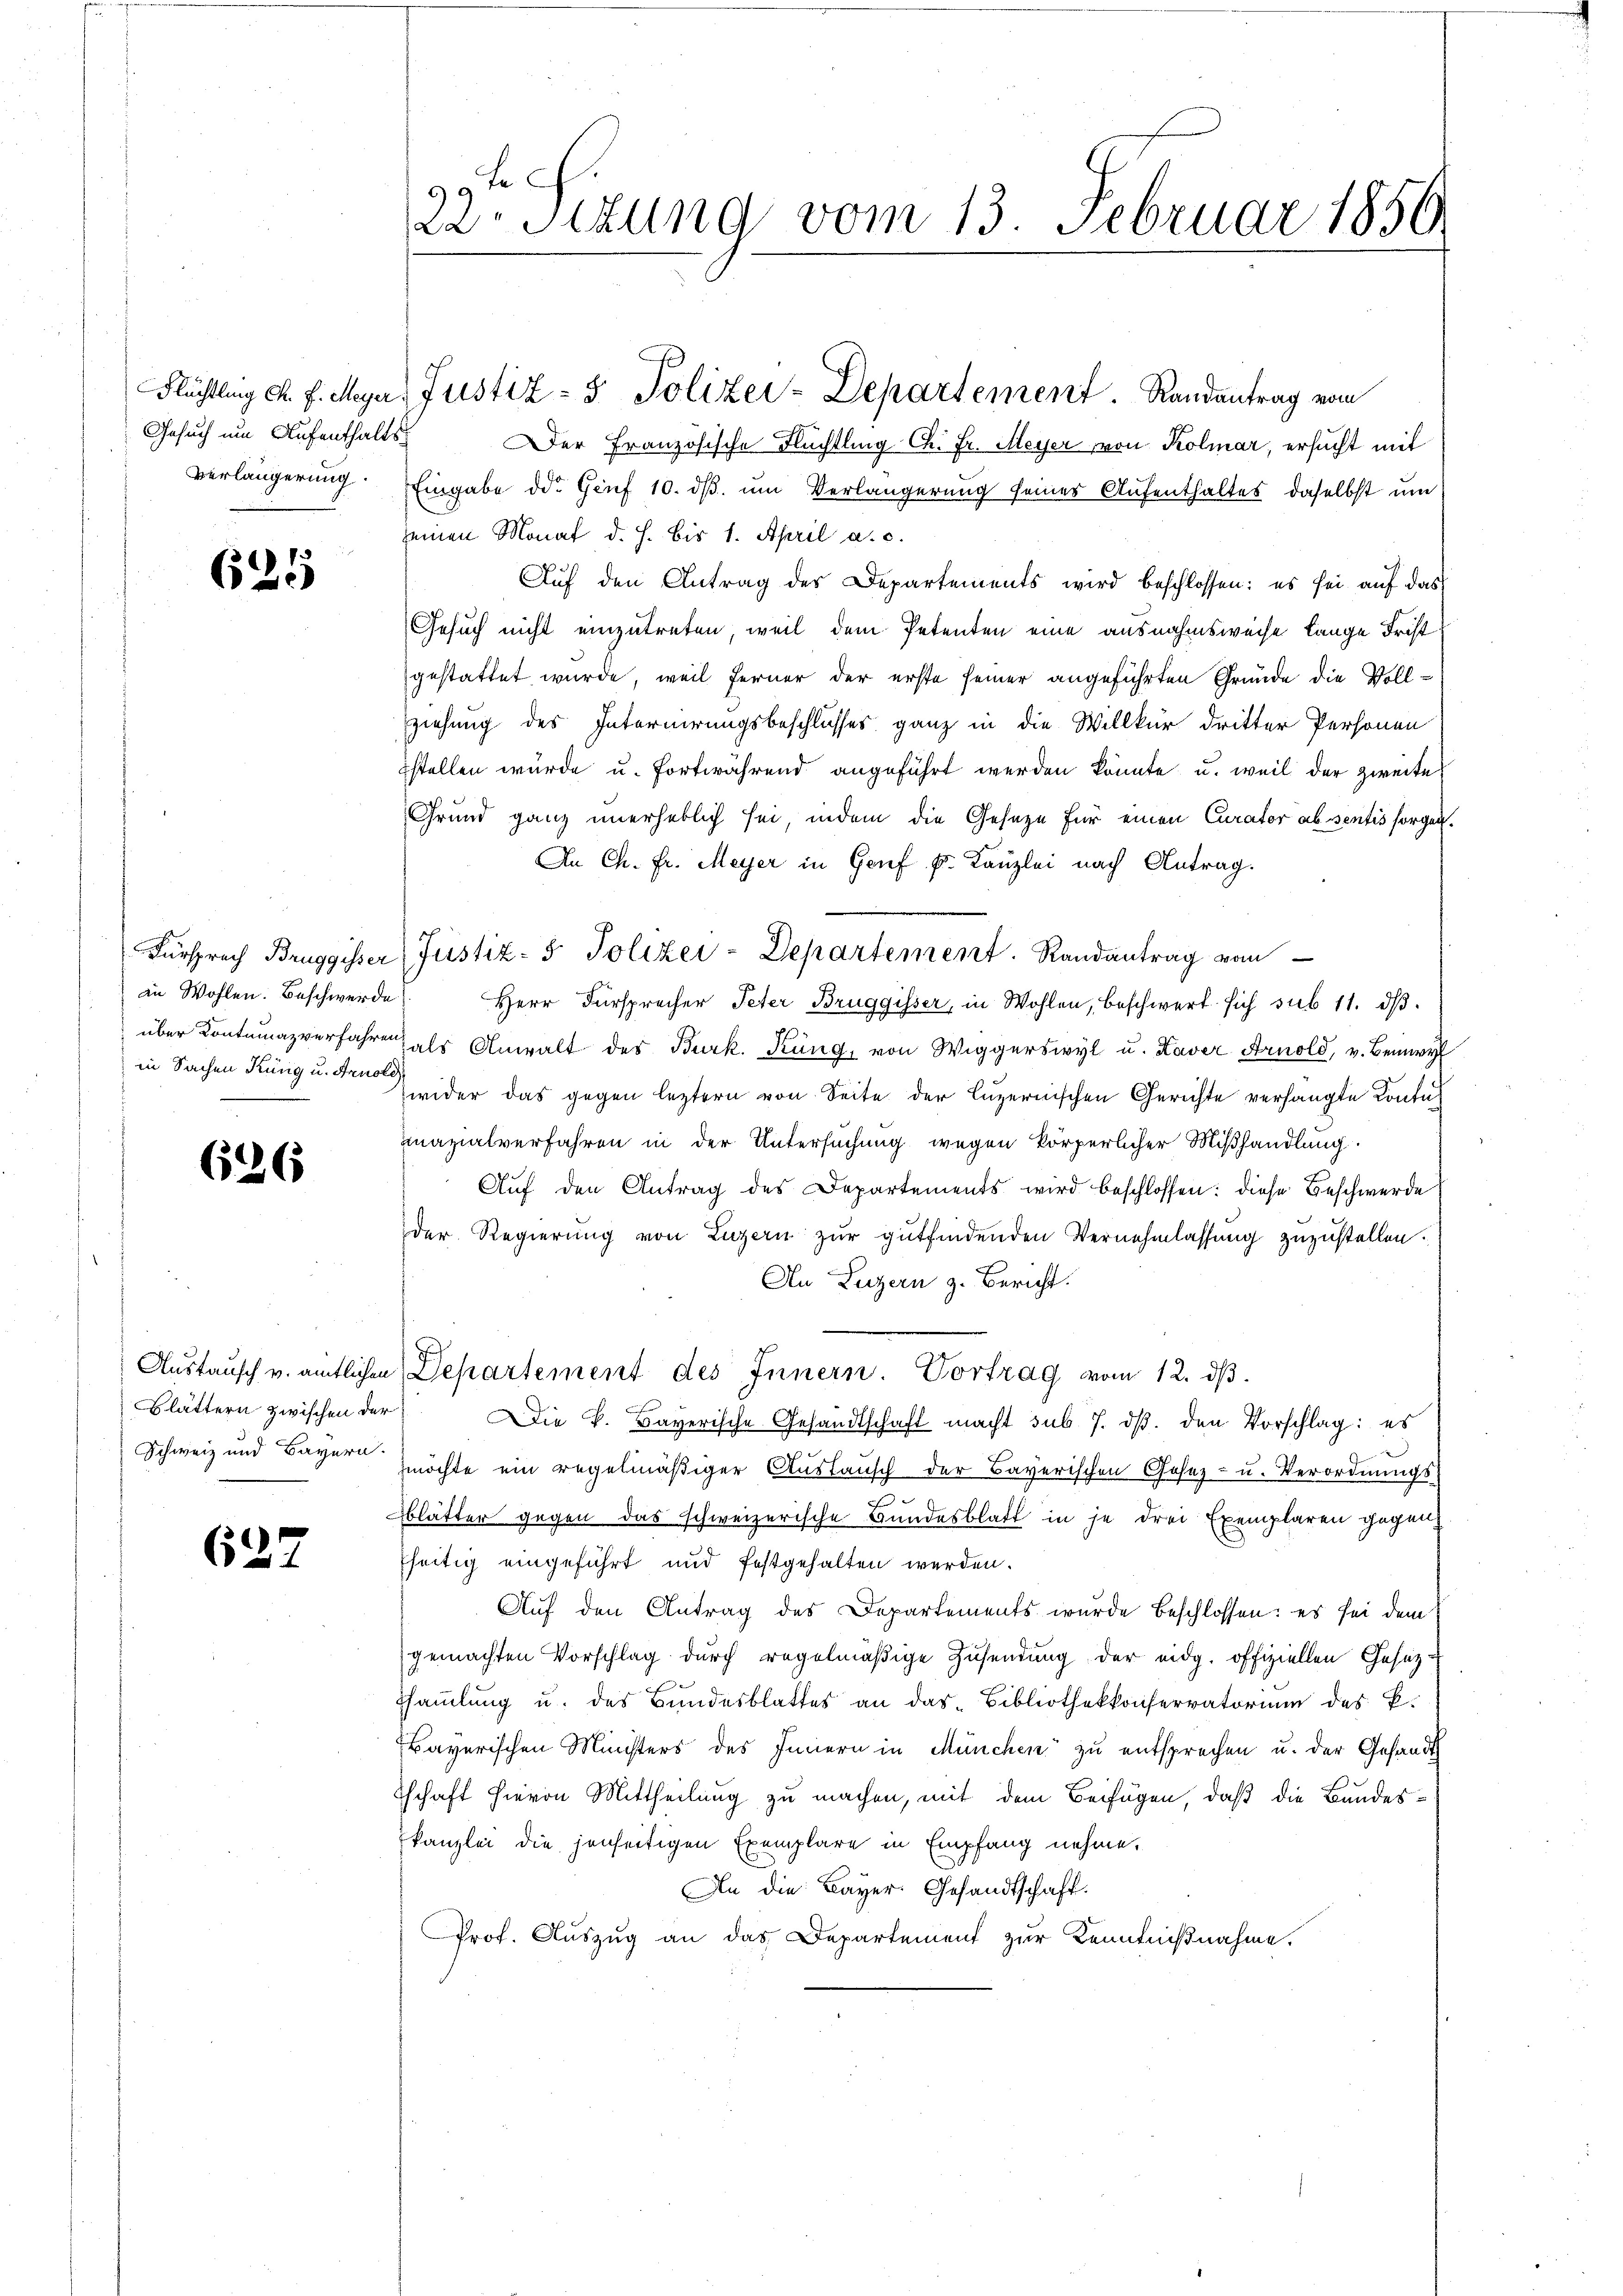
Gesuch um Aufenthalts-
Verlängerung.

625

an Wohlen. Beschwerde
in Sachen Küng u. Arnole

626

627

Der Französische Flüchtling Ch. Fr. Meyer von Kolmar, ersucht mit
Eingabe der Genf 10. ds. um Verlängerung seines Aufenthaltes, daselbst um
seinen Monat d. h. bis 1. April a. c.
Auf den Antrag des Departements wird beschlossen: es sei auf das
Gesuch nicht einzutreten, weil dem Petenten eine ausnahmsweise lange Fristgestattet wurde, weil ferner der erste seiner angeführten Gründe die Vollziehung des Internirungsbeschlusses ganz in die Willkür dritter Personen
stellen würde u. fortwährend angeführt werden könnte, u. weil der zweite
Grund ganz unerheblich sei, indem die Geseze für einen Curator absentis sorgen.
An Ch. Fr. Meyer in Genf k. Kanzlei nach Antrag.
Fürsprech Bruggisser Justiz- & Polizei-Departement. Randantrag vom
Herr Fürsprecher Peter Bruggisser, in Wohlen, beschwert sich sub 11. dβ
über Kontumazverfahren als Anwalt des Burk. Küng, von Wiggerswyl u. Kaver Arnold, v. Beinwy
wider das gegen leztern von Seite der Luzernischen Gerichte verhängte Kontul
mazialverfahren in der Untersuchung wegen körperlicher Miβhandlung
Auf den Antrag des Departements wird beschlossen: diese Beschwerde
der Regierŭng von Luzern zŭr gŭtfindenden Vernehmlassŭng zuzustellen.
Au Luzern z. Bericht.
Austausch u. amtlichen Departement des Innern. Vortrag vom 12. dβ.
Blättern zwischen der Die k. Bayerische Gesandtschaft macht sub 7. dβ. den Vorschlag: es
Schweiz und Bayern möchte ein regelmäßiger Auslausch der Bayerischen Gosez- u. Verordnungs-
blätter gegen das schweizerische Bundesblatt in je drei Exemplaren gegenfseitig eingeführt und festgehalten werden.
Auf den Antrag des Departements wurde beschlossen: es sei dem
gemachten Vorschlag durch regelmäßige Zŭsendung der eidg. offiziellen Gesetz-
ssammlung u. des Bundesblattes an das Bibliothekkonservatorium des E.
Bayerischen Ministers des Innern in München zu entsprechen u. der Gesandt
tschaft hievon Mittheilung zu machen, mit dem Beifügen, daß die Bundeskanzlei die jenseitigen Exemplare in Empfang nehme,
An die Bayer. Gesandtschaft.
Prof. Auszug an das Departement zur Kenntnißnahme.

99 f
r Sitzung vom 13. Februar 1856

Flüchtling d. J. Meyer, Justiz- & Polizei-Departement. Randantrag vom